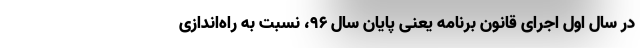
در سال اول اجرای قانون برنامه یعنی پایان سال 96، نسبت به راه‌اندازی